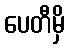
ပေတီမှိ